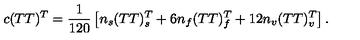
c ( T T ) ^ { T } = { \frac { 1 } { 1 2 0 } } \left[ n _ { s } ( T T ) _ { s } ^ { T } + 6 n _ { f } ( T T ) _ { f } ^ { T } + 1 2 n _ { v } ( T T ) _ { v } ^ { T } \right] .